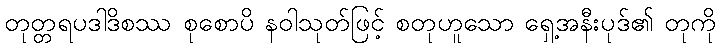
တုတ္တရပဒါဒိစဿ စုစောပိ နဝါသုတ်ဖြင့် စတုဟူသော ရှေ့အနီးပုဒ်၏ တုကို